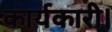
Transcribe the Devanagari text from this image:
कार्यकारी।